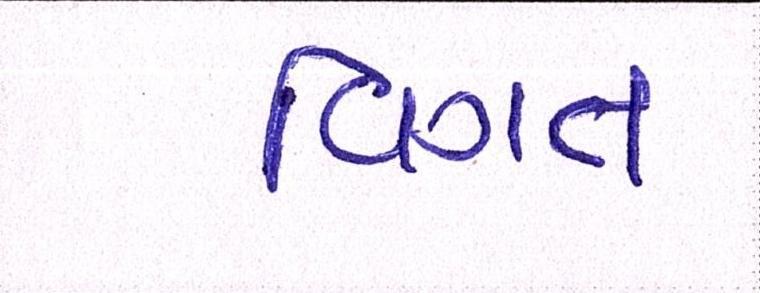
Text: વિગત